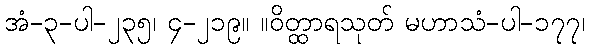
အံ-၃-ပါ-၂၃၅၊ ၄-၂၁၉။ ။ဝိတ္ထာရသုတ် မဟာသံ-ပါ-၁၇၇၊